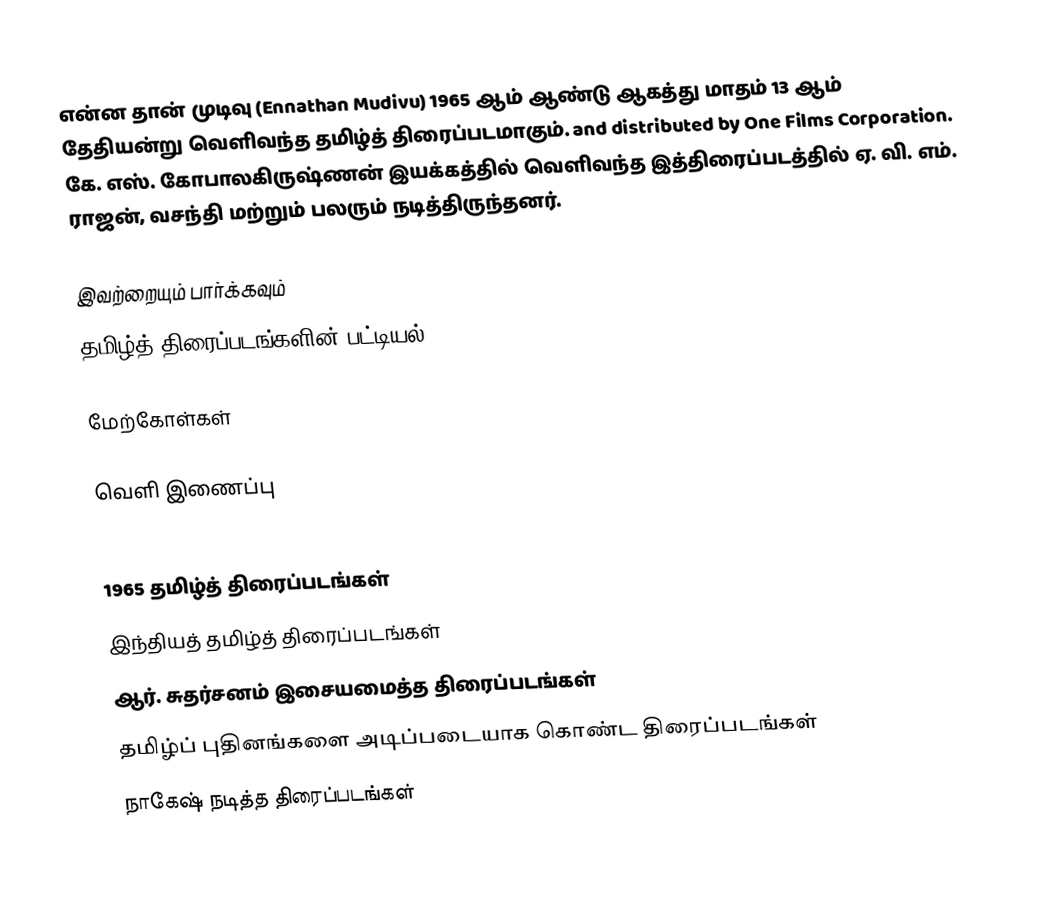
என்ன தான் முடிவு (Ennathan Mudivu) 1965 ஆம் ஆண்டு ஆகத்து மாதம் 13 ஆம் தேதியன்று வெளிவந்த தமிழ்த் திரைப்படமாகும். and distributed by One Films Corporation. கே. எஸ். கோபாலகிருஷ்ணன் இயக்கத்தில் வெளிவந்த இத்திரைப்படத்தில் ஏ. வி. எம். ராஜன், வசந்தி மற்றும் பலரும் நடித்திருந்தனர்.

இவற்றையும் பார்க்கவும்
 தமிழ்த் திரைப்படங்களின் பட்டியல், 1965

மேற்கோள்கள்

வெளி இணைப்பு

1965 தமிழ்த் திரைப்படங்கள்
இந்தியத் தமிழ்த் திரைப்படங்கள்
ஆர். சுதர்சனம் இசையமைத்த திரைப்படங்கள்
தமிழ்ப் புதினங்களை அடிப்படையாக கொண்ட திரைப்படங்கள்
நாகேஷ் நடித்த திரைப்படங்கள்